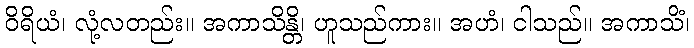
ဝိရိယံ၊ လုံ့လတည်း။ အကာသိန္တိ၊ ဟူသည်ကား။ အဟံ၊ ငါသည်။ အကာသိံ၊